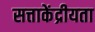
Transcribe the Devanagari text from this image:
सत्ताकेंद्रीयता